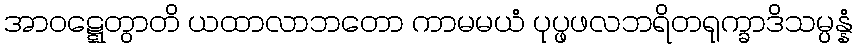
အာဝဋ္ဋေတွာတိ ယထာလာဘတော ကာမမယံ ပုပ္ဖဖလဘရိတရုက္ခာဒိသမ္ပန္နံ